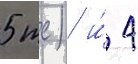
5 тс) и́ 4